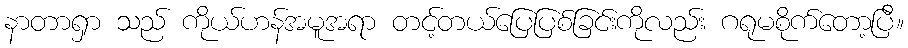
နာတာရှာ သည် ကိုယ်ဟန်အမူအရာ တင့်တယ်ပြေပြစ်ခြင်းကိုလည်း ဂရုမစိုက်တော့ပြီ။